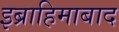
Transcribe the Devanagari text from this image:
इब्राहिमाबाद